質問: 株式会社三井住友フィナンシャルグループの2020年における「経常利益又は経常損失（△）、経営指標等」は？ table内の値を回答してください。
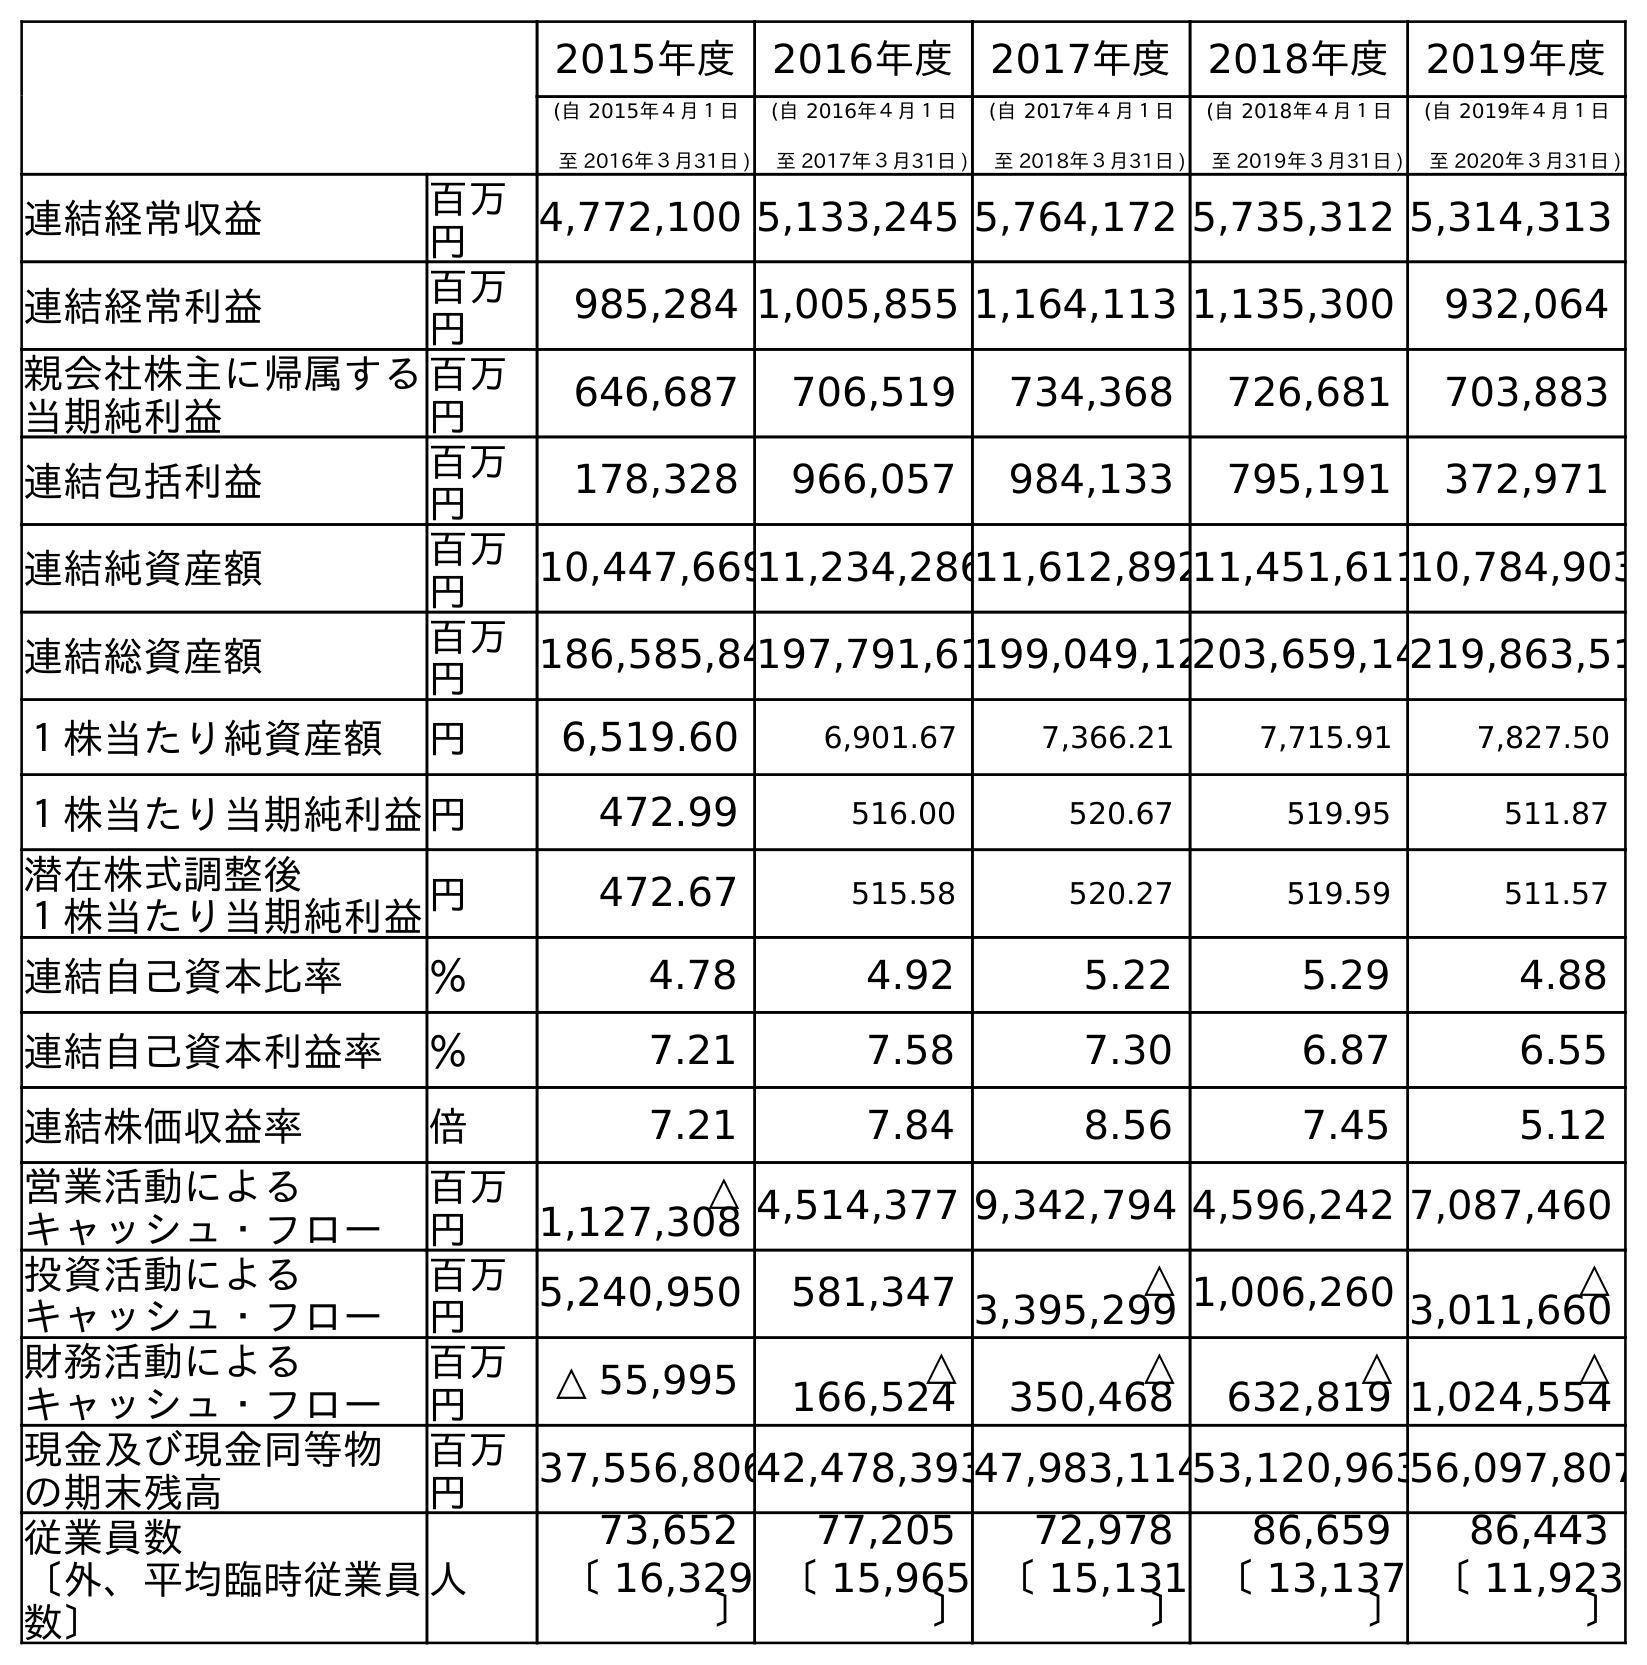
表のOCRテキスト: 2015年度 2016年度 2017年度 2018年度 2019年度 (自 2015年４月１日 至 2016年３月31日 ) (自 2016年４月１日 至 2017年３月31日 ) (自 2017年４月１日 至 2018年３月31日 ) (自 2018年４月１日 至 2019年３月31日 ) (自 2019年４月１日 至 2020年３月31日 ) 連結経常収益 百万 円 4,772,100 5,133,245 5,764,172 5,735,312 5,314,313 連結経常利益 百万 円 985,284 1,005,855 1,164,113 1,135,300 932,064 親会社株主に帰属する 当期純利益 百万 円 646,687 706,519 734,368 726,681 703,883 連結包括利益 百万 円 178,328 966,057 984,133 795,191 372,971 連結純資産額 百万 円 10,447,66911,234,28611,612,89211,451,61110,784,903 連結総資産額 百万 円 186,585,84197,791,61199,049,12203,659,14219,863,51 １株当たり純資産額 円 6,519.60 6,901.67 7,366.21 7,715.91 7,827.50 １株当たり当期純利益円 472.99 516.00 520.67 519.95 511.87 潜在株式調整後 １株当たり当期純利益円 472.67 515.58 520.27 519.59 511.57 連結自己資本比率 ％ 4.78 4.92 5.22 5.29 4.88 連結自己資本利益率 ％ 7.21 7.58 7.30 6.87 6.55 連結株価収益率 倍 7.21 7.84 8.56 7.45 5.12 営業活動による キャッシュ・フロー 百万 円 △ 1,127,308 4,514,377 9,342,794 4,596,242 7,087,460 投資活動による キャッシュ・フロー 百万 円 5,240,950 581,347 △ 3,395,299 1,006,260 △ 3,011,660 財務活動による キャッシュ・フロー 百万 円 △ 55,995 △ 166,524 △ 350,468 △ 632,819 △ 1,024,554 現金及び現金同等物 の期末残高 百万 円 37,556,80642,478,39347,983,11453,120,96356,097,807 従業員数 〔外、平均臨時従業員 数〕 人 73,652 77,205 72,978 86,659 86,443 〔 16,329 〕 〔 15,965 〕 〔 15,131 〕 〔 13,137 〕 〔 11,923 〕
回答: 932,064